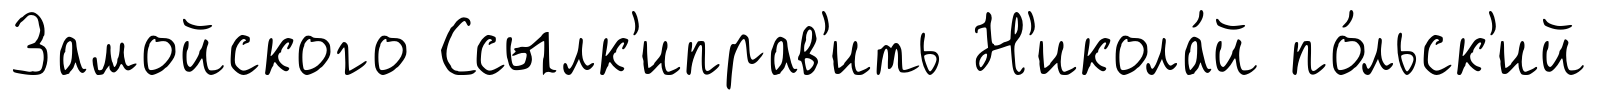
Замойского Ссылк'иправ'ить Н'икола́й по́льск'ий